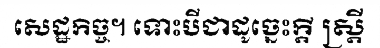
សេដ្ឋកិច្ច។ ទោះបីជាដូច្នេះក្តី ស្ត្រី